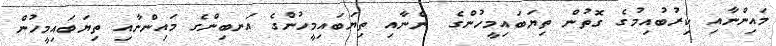
މައިންނާއި ކިރުބުއިމުގެ ގޮތުން ތިޔަބައިމީހުންގެ  ންނާއި ތިޔަބައިމީހުންގެ އަނބިންގެ މައިންނާއި ތިޔަބައިމީހުން